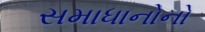
સમાધાનોનો